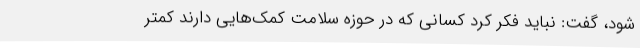
شود، گفت: نباید فکر کرد کسانی که در حوزه سلامت کمک‌هایی دارند کمتر